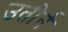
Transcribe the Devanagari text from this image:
उतीर्न